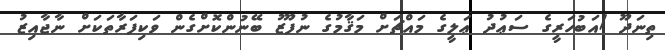
ތިނަދޫ /އަބުހަރީގެ ސަޢުދު ޢަލީގެ މައްޗަށް މަޤާމުގެ ނުފޫޒު ބޭނުންކޮށްގެން ވަކިފަރާތަކަށް ނާޖާއިޒު